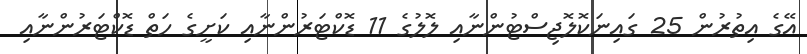
އޭގެ އިތުރުން 25 ގައިނަކޮލޮޖިސްޓުންނާއި ލޮލުގެ 11 ޑޮކްޓަރުންނާއި ކަށީގެ ހަތް ޑޮކްޓަރުންނާއި